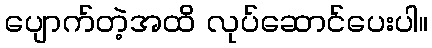
ပျောက်တဲ့အထိ လုပ်ဆောင်ပေးပါ။